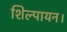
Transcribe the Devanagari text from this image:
शिल्पायन।